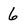
Character: 6